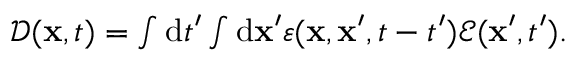
\begin{array} { r } { \boldsymbol { \mathcal { D } } ( \mathbf { x } , t ) = \int \mathrm { d } t ^ { \prime } \int \mathrm { d } \mathbf { x } ^ { \prime } \varepsilon ( \mathbf { x } , \mathbf { x } ^ { \prime } , t - t ^ { \prime } ) \boldsymbol { \mathcal { E } } ( \mathbf { x } ^ { \prime } , t ^ { \prime } ) . } \end{array}